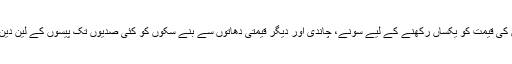
کرنسی کو قانونی شکل اور اس کی قیمت کو یکساں رکھنے کے لیے سونے، چاندی اور دیگر قیمتی دھاتوں سے بنے سکوں کو کئی صدیوں تک پیسوں کے لین دین کے لیے استعمال کیا جاتا رہا۔